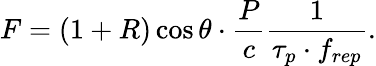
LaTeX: F=(1+R)\cos{\theta}\cdot\frac{P}{c}\frac{1}{\tau_{p}\cdot f_{rep}}.